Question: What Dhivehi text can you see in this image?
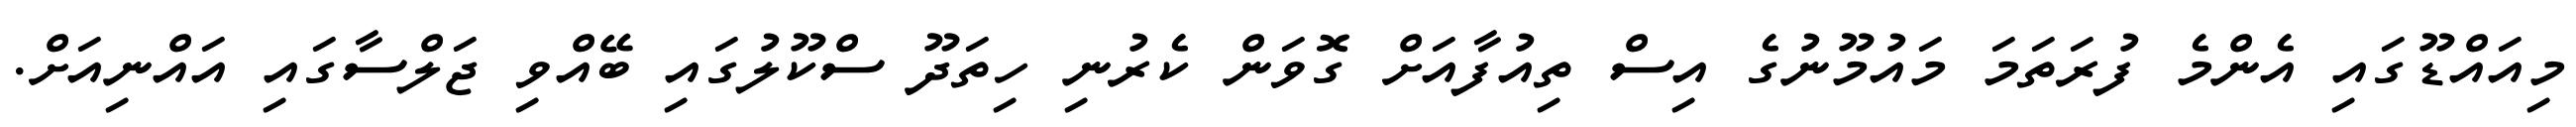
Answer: މިއައްޑޫގައި އެންމެ ފުރަތަމަ މައުމޫނުގެ އިސް ތިއުފާއަށް ގޮވަން ކެރުނި ހިތަދޫ ސްކޫލުގައި ބޭއްވި ޖަލްސާގައި އައްނިއަށް.